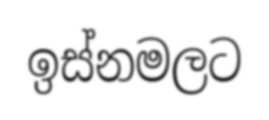
ඉස්නමලට